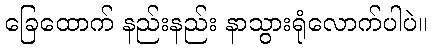
ခြေထောက် နည်းနည်း နာသွားရုံလောက်ပါပဲ။